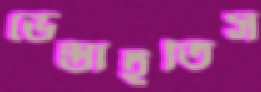
ভেস্তাইতিস